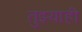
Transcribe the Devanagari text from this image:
तुझ्याही